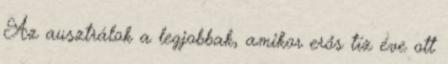
Az ausztrálok a legjobbak, amikor erős tíz éve ott